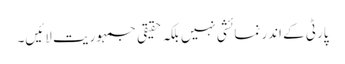
پارٹی کے اندر نمائشی نہیں بلکہ حقیقی جمہوریت لائیں۔